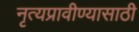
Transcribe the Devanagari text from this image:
नृत्यप्रावीण्यासाठी